Proceedings of the meeting of veterinary officers in India
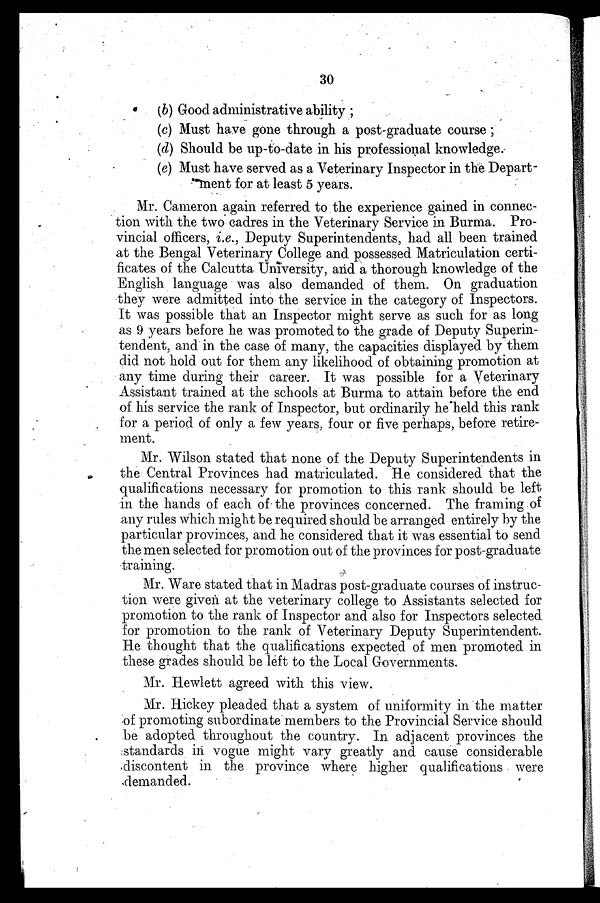
30
(b) Good administrative ability;
(c) Must have gone through a post-graduate course;
(d) Should be up-to-date in his professional knowledge
(e) Must have served as a Veterinary Inspector in the Depart-
ment for at least 5 years.
Mr. Cameron again referred to the experience gained in connec-
tion with the two cadres in the Veterinary Service in Burma. Pro-
vincial officers, i.e., Deputy Superintendents, had all been trained
at the Bengal Veterinary College and possessed Matriculation certi-
ficates of the Calcutta University, and a thorough knowledge of the
English language was also demanded of them. On graduation
they were admitted into the service in the category of Inspectors.
It was possible that an Inspector might serve as such for as long
as 9 years before he was promoted to the grade of Deputy Superin-
tendent, and in the case of many, the capacities displayed by them
did not hold out for them any likelihood of obtaining promotion at
any time during their career. It was possible for a Veterinary
Assistant trained at the schools at Burma to attain before the end
of his service the rank of Inspector, but ordinarily he held this rank
for a period of only a few years, four or five perhaps, before retire-
ment.
Mr. Wilson stated that none of the Deputy Superintendents in
the Central Provinces had matriculated. He considered that the
qualifications necessary for promotion to this rank should be left
in the hands of each of the provinces concerned. The framing of
any rules which might be required should be arranged entirely by the
particular provinces, and he considered that it was essential to send
the men selected for promotion out of the provinces for post-graduate
training.
Mr. Ware stated that in Madras post-graduate courses of instruc-
tion were given at the veterinary college to Assistants selected for
promotion to the rank of Inspector and also for Inspectors selected
for promotion to the rank of Veterinary Deputy Superintendent.
He thought that the qualifications expected of men promoted in
these grades should be left to the Local Governments.
Mr. Hewlett agreed with this view.
Mr. Hickey pleaded that a system of uniformity in the matter
of promoting subordinate members to the Provincial Service should
be adopted throughout the country. In adjacent provinces the
standards in vogue might vary greatly and cause considerable
discontent in the province where higher qualifications were
demanded.